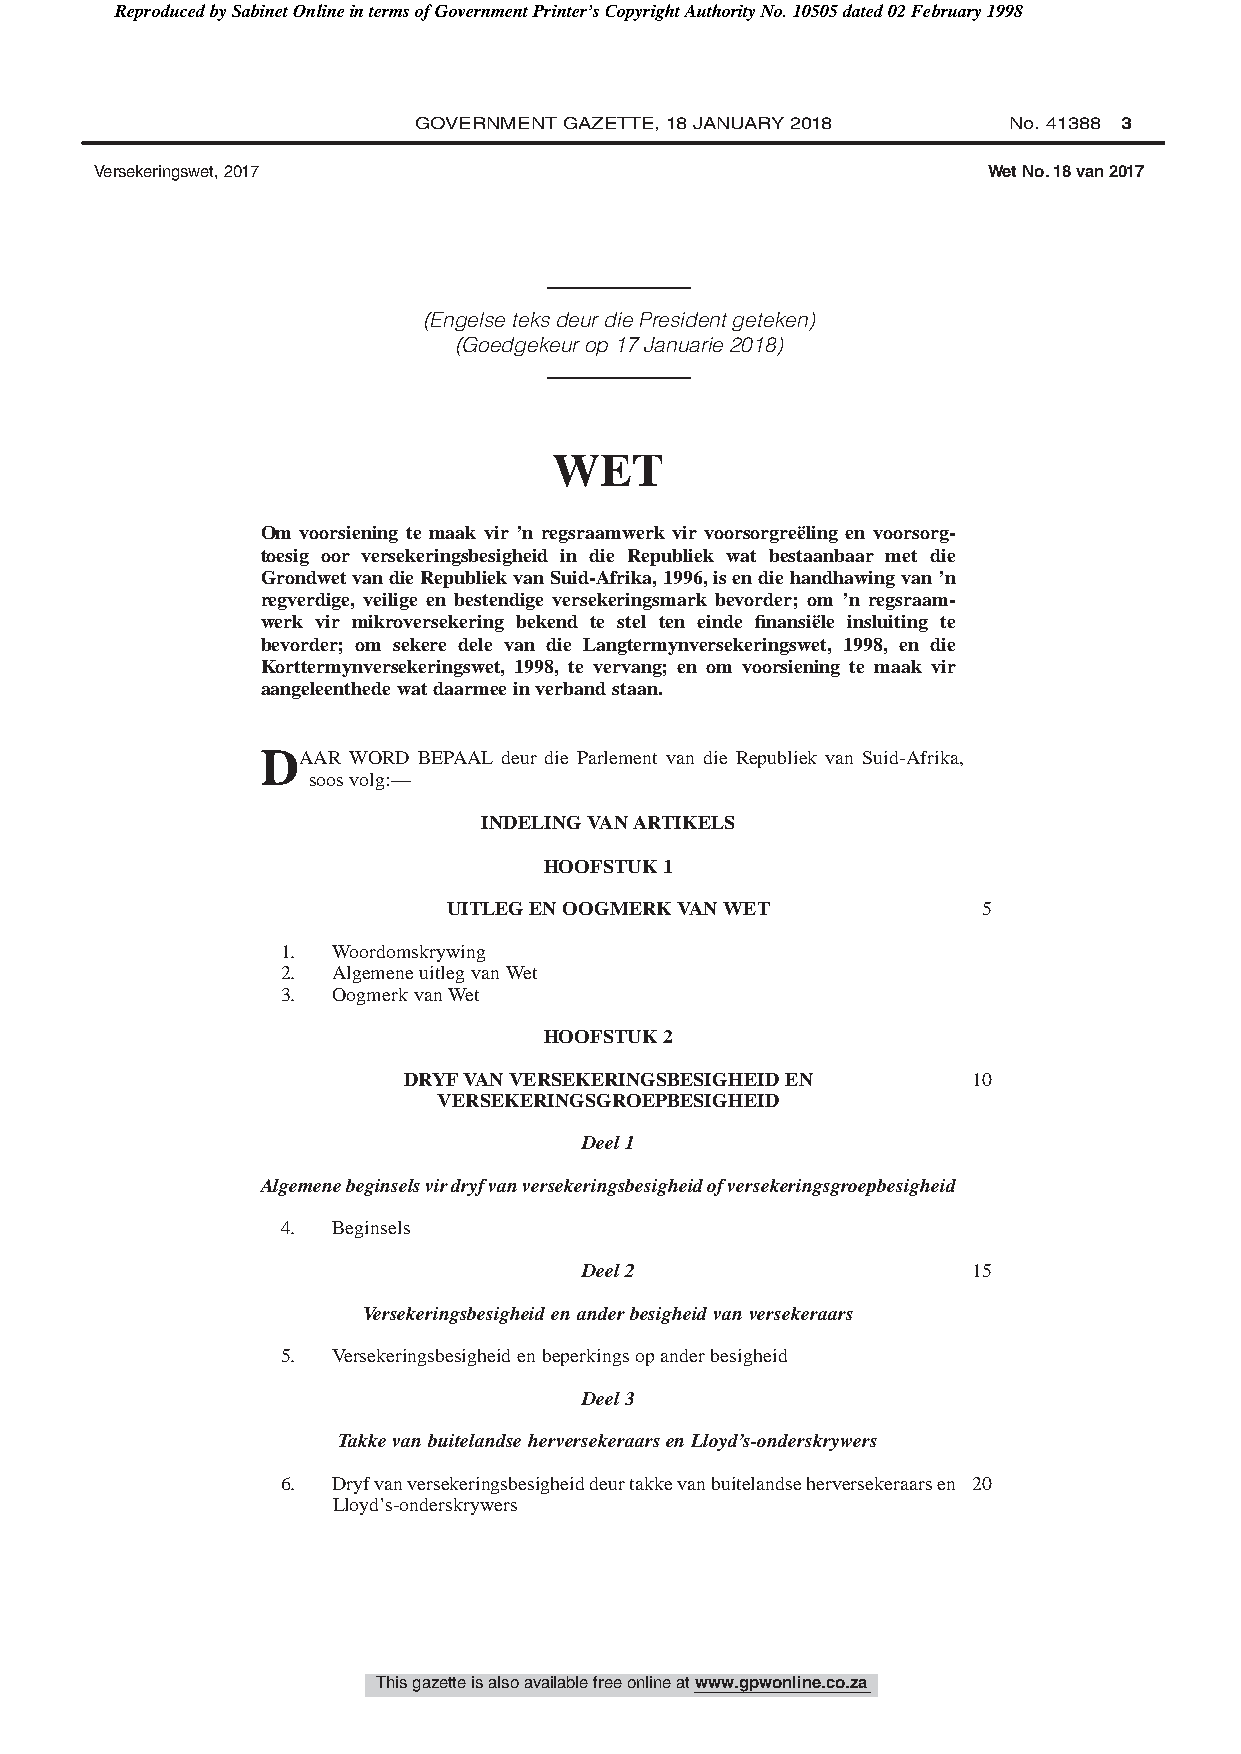
Reproduced by Sabinet Online in terms of Government Printer’s Copyright Authority No. 10505 dated 02 February 1998
 GOVERNMENT GAZETTE, 18 JANUARY 2018     No. 41388 3
 Versekeringswet, 2017                                      Wet No. 18 van 2017
 (Engelse teks deur die President geteken)
 (Goedgekeur op 17 Januarie 2018)
 WET
 Om voorsiening te maak vir ’n regsraamwerk vir voorsorgreëling en voorsorg-
 toesig oor versekeringsbesigheid in die Republiek wat bestaanbaar met die
 GrondwetvandieRepubliekvanSuid-Afrika,1996,isendiehandhawingvan’n
 regverdige, veilige en bestendige versekeringsmark bevorder; om ’n regsraam-
 werk vir mikroversekering bekend te stel ten einde finansiële insluiting te
 bevorder; om sekere dele van die Langtermynversekeringswet, 1998, en die
 Korttermynversekeringswet, 1998, te vervang; en om voorsiening te maak vir
 aangeleenthedewatdaarmeeinverbandstaan.
 DAAR  WORD BEPAAL deur die Parlement van die Republiek van Suid-Afrika,
 soosvolg:—
 INDELINGVANARTIKELS
 HOOFSTUK1
 UITLEGENOOGMERKVANWET              5
 1. Woordomskrywing
 2. AlgemeneuitlegvanWet
 3. OogmerkvanWet
 HOOFSTUK2
 DRYFVANVERSEKERINGSBESIGHEIDEN       10
 VERSEKERINGSGROEPBESIGHEID
 Deel1
 Algemenebeginselsvirdryfvanversekeringsbesigheidofversekeringsgroepbesigheid
 4. Beginsels
 Deel2                     15
 Versekeringsbesigheidenanderbesigheidvanversekeraars
 5. Versekeringsbesigheidenbeperkingsopanderbesigheid
 Deel3
 TakkevanbuitelandseherversekeraarsenLloyd’s-onderskrywers
 6. Dryfvanversekeringsbesigheiddeurtakkevanbuitelandseherversekeraarsen 20
 Lloyd’s-onderskrywers
 This gazette is also available free online at www.gpwonline.co.za